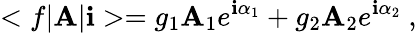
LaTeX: <f|\mathbf{A}|\mathbf{i}>=g_{1}\mathbf{A}_{1}e^{\mathbf{i}\alpha_{1}}+g_{2}\mathbf{A}_{2}e^{\mathbf{i}\alpha_{2}}\ ,